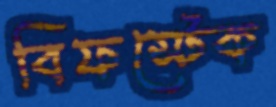
বিফস্টেক